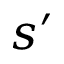
s ^ { \prime }